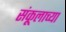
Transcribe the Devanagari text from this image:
संकूलाच्या